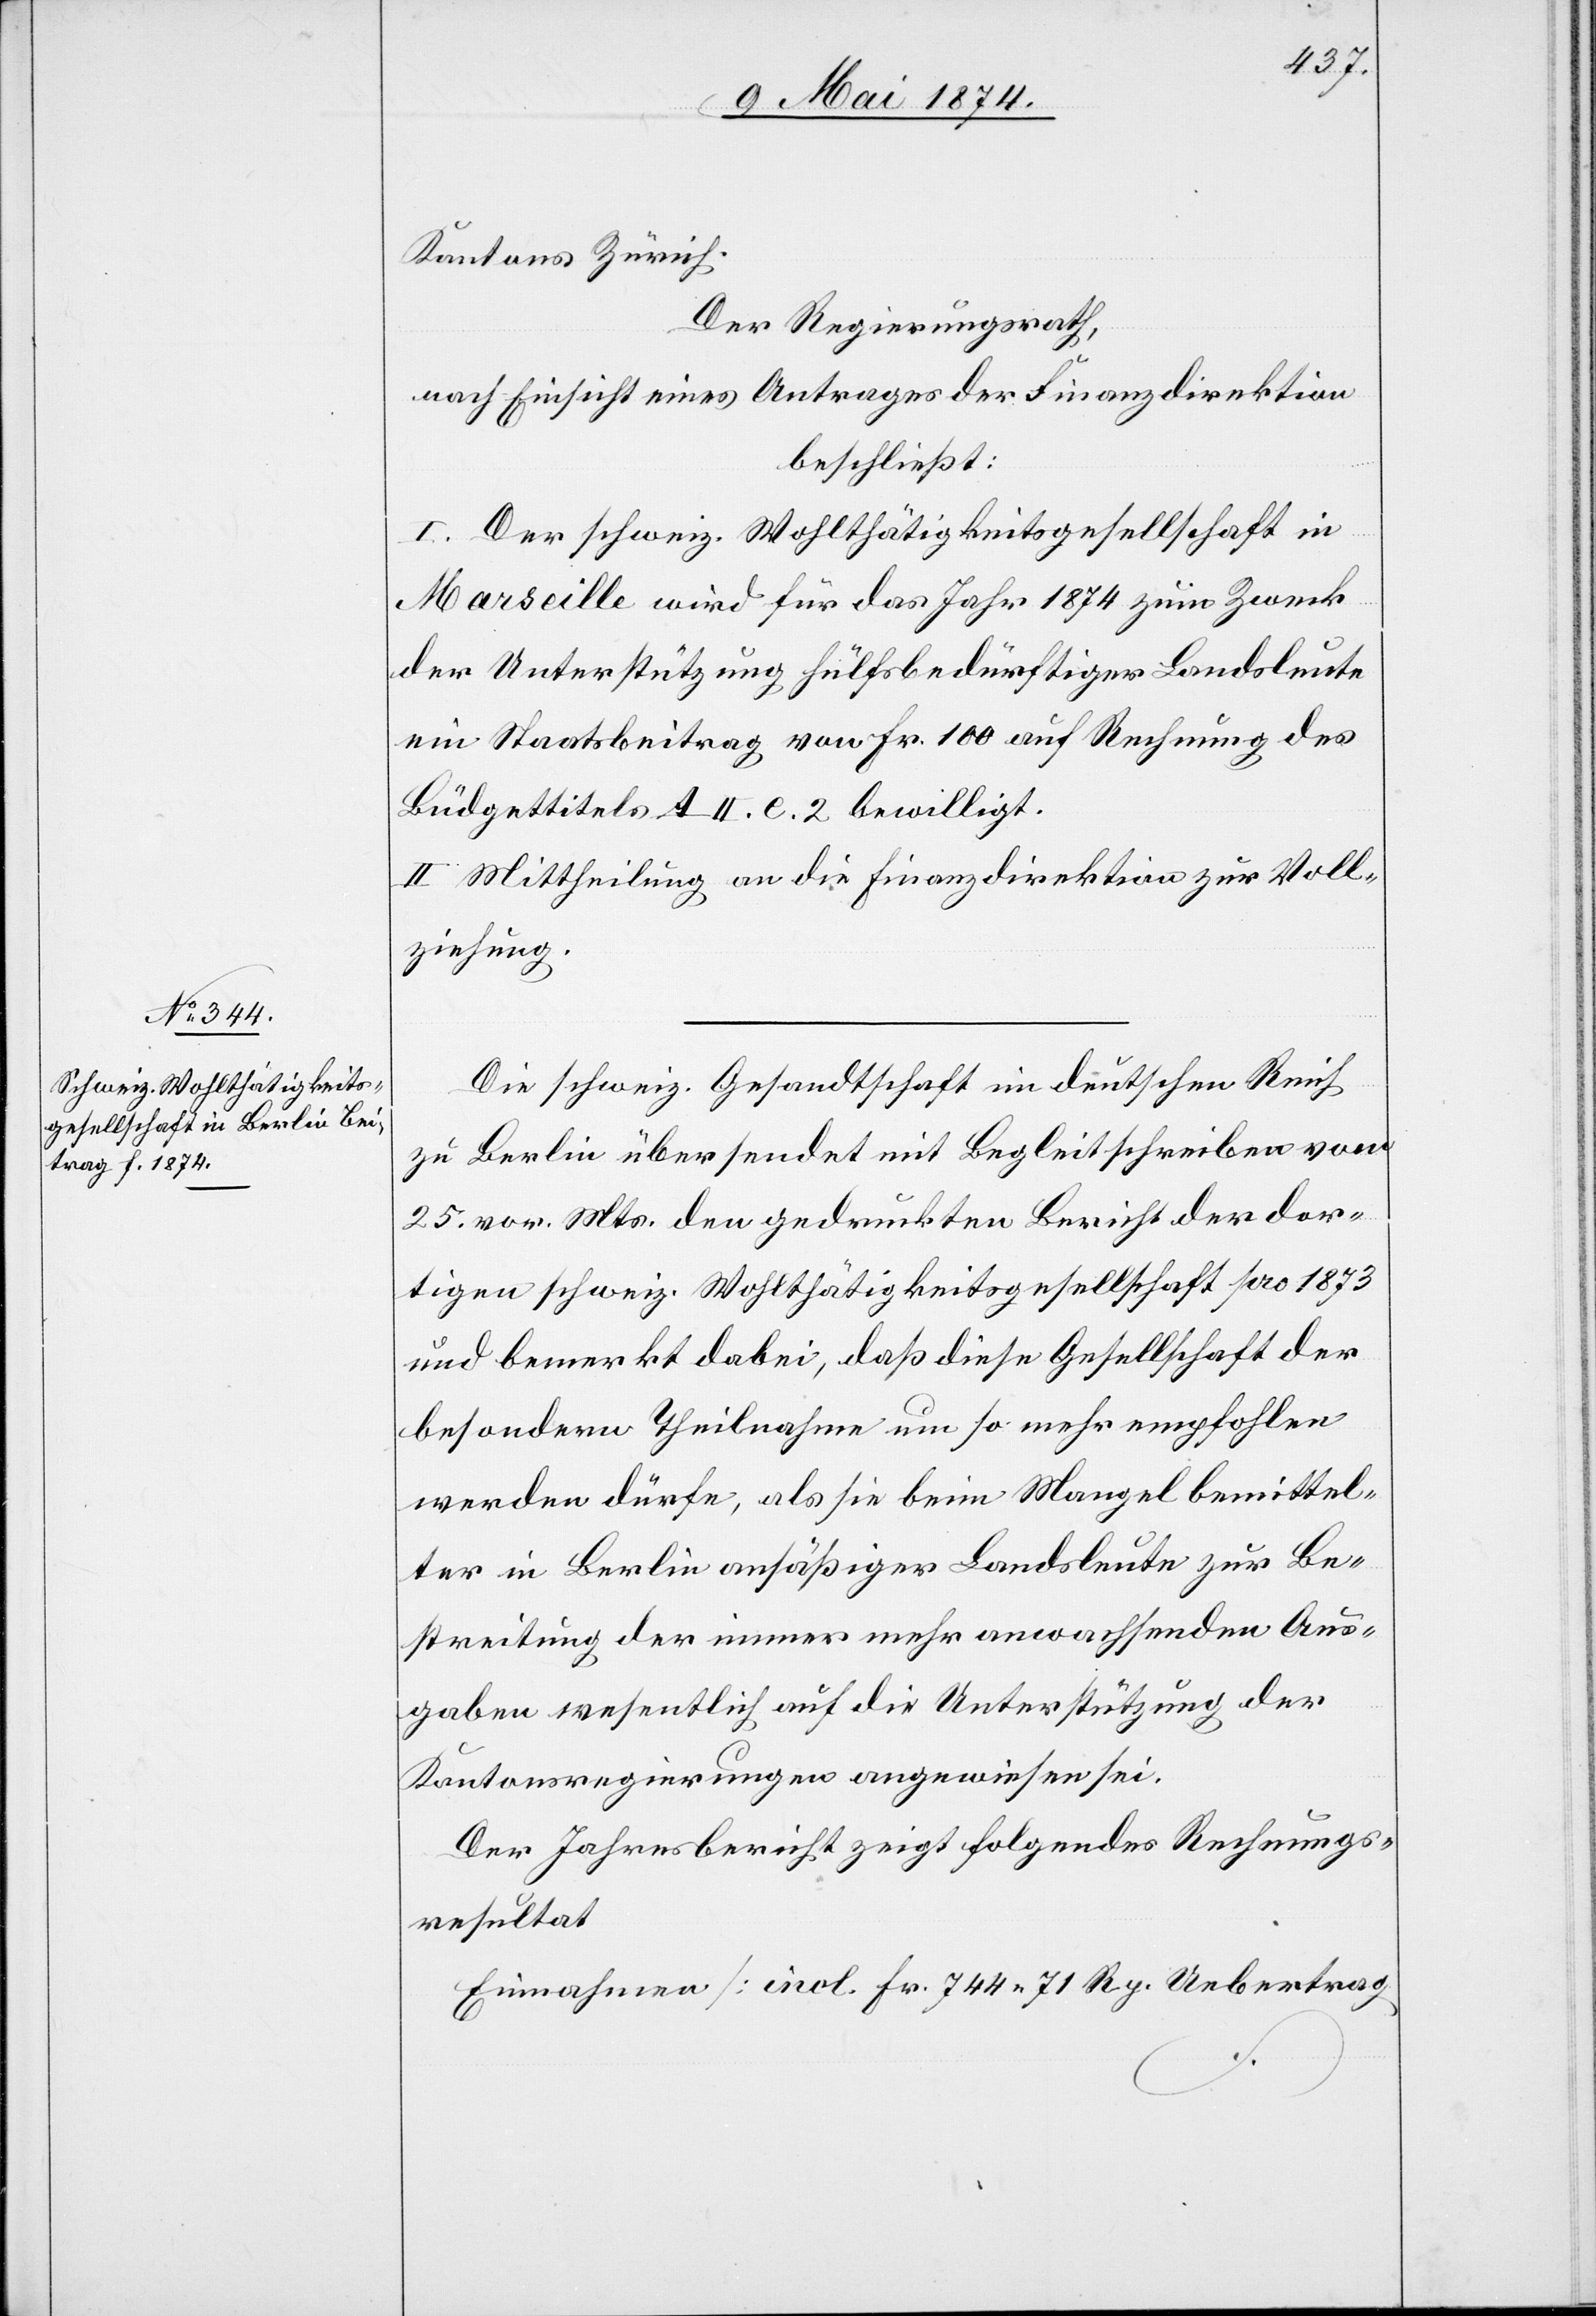
Kantons Zürich.
Der Regierungsrath,
nach Einsicht eines Antrages der Finanzdirektion
beschließt:
I. Der schweiz. Wohlthätigkeitsgesellschaft in
Marseille wird für das Jahr 1874 zum Zweck
der Unterstützung hülfsbedürftiger Landsleute
ein Staatsbeitrag von Fr. 100 auf Rechnung de
Büdgettitels A. II. e. 2 bewilligt.
II. Mittheilung an die Finanzdirektion zur Voll¬
ziehung.
Die schweiz. Gesandtschaft im deutschen Reich
zu Berlin übersendet mit Begleitschreiben vom
25. vor. Mts. den gedrukten Bericht der dor¬
tigen schweiz. Wohlthätigkeitsgesellschaft pro 1873
und bemerkt dabei, daß diese Gesellschaft der
besondern Theilnahme um so mehr empfohlen
werden dürfe, als sie beim Mangel bemittel¬
ter in Berlin ansäßiger Landsleute zur Be¬
streitung der immer mehr anwachsenden Aus¬
gaben wesentlich auf die Unterstützung der
Kantonsregierungen angewiesen sei.
Der Jahresbericht zeigt folgendes Rechnungs¬
resultat
Einnahmen [incl. Fr. 744.71 Rp. Uebertrag